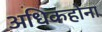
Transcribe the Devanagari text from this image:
अधिकहोना